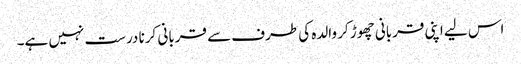
اس لیے اپنی قربانی چھوڑ کر والدہ کی طرف سے قربانی کرنا درست نہیں ہے۔